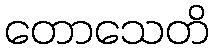
တောသေတိ